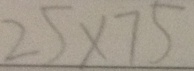
2 5 \times 7 5